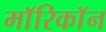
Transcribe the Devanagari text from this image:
माॅरिकाॅन